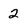
Character: 2